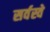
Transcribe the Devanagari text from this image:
सर्वस्वे